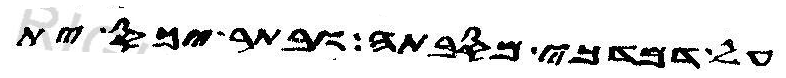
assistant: על דמדכי מסבתה ובתר יכס ית